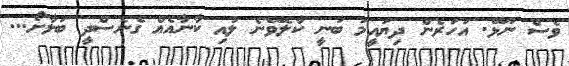
ވެސް ނޫޅޭ. އަހަރެން ދިޔައީމަ ބުނީ ކާލެވޭނެ ލުއި ކާނާއެއް ގެނެސްދީ ބަލާށޯ...